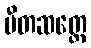
ပီတဆတ္တေ